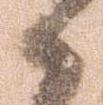
候